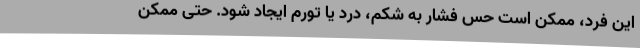
این فرد، ممکن است حس فشار به شکم، درد یا تورم ایجاد شود. حتی ممکن